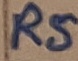
Text: RS